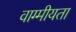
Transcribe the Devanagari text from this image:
वाग्मीयता